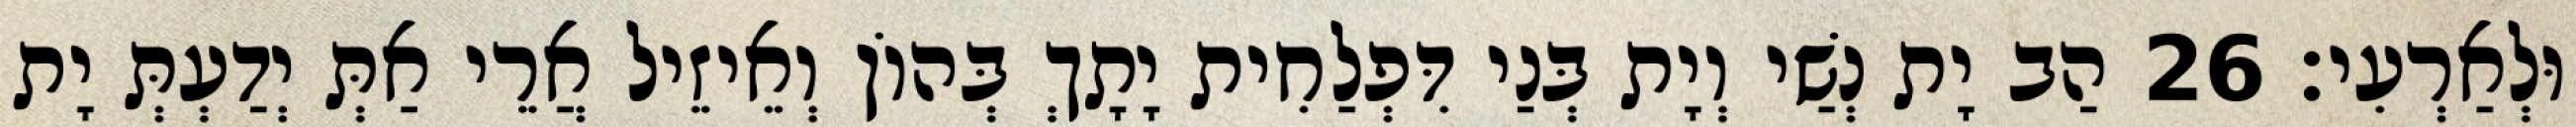
וּלְאַרְעִי׃ 26 הַב יָת נְשַׁי וְיָת בְּנַי דִּפְלַחִית יָתָךְ בְּהוֹן וְאֵיזֵיל אֲרֵי אַתְּ יְדַעְתְּ יָת